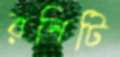
রশিটি